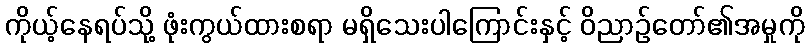
ကိုယ့်နေရပ်သို့ ဖုံးကွယ်ထားစရာ မရှိသေးပါကြောင်းနှင့် ဝိညာဉ်တော်၏အမှုကို